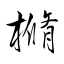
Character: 樇